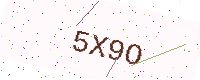
Text: 5X9O